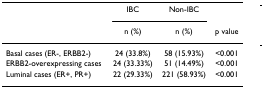
<table><thead><tr><td></td><td><b>IBC</b></td><td><b>Non-IBC</b></td><td></td></tr><tr><td></td><td><b>n (%)</b></td><td><b>n (%)</b></td><td><b>p value</b></td></tr></thead><tbody><tr><td>Basal cases (ER-, ERBB2-)</td><td>24 (33.8%)</td><td>58 (15.93%)</td><td>&lt;0.001</td></tr><tr><td>ERBB2-overexpressing cases</td><td>24 (33.33%)</td><td>51 (14.49%)</td><td>&lt;0.001</td></tr><tr><td>Luminal cases (ER+, PR+)</td><td>22 (29.33%)</td><td>221 (58.93%)</td><td>&lt;0.001</td></tr></tbody></table>